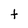
Character: t